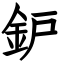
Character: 鈩